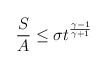
\begin{align*}\frac{S}{A} \leq \sigma t^{\frac{\gamma-1}{\gamma+1}}\end{align*}